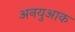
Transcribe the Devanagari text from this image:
अनयुआक